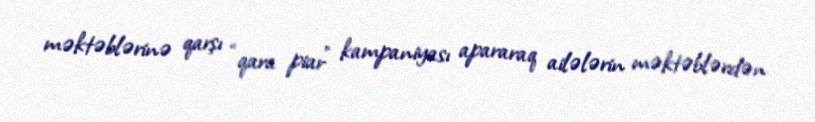
məktəblərinə qarşı “qara piar” kampaniyası apararaq ailələrin məktəblərdən